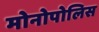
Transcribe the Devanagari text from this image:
मोनोपोलिस